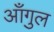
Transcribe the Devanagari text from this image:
आँगुल